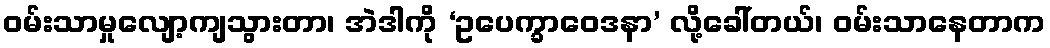
ဝမ်းသာမှုလျော့ကျသွားတာ၊ အဲဒါကို ‘ဥပေက္ခာဝေဒနာ’ လို့ခေါ်တယ်၊ ဝမ်းသာနေတာက